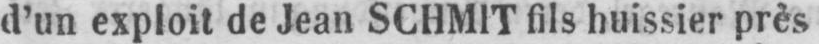
d’un exploit de Jean SCHMIT fils huissier près